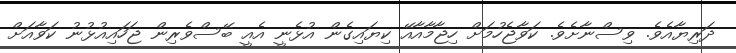
ދަރިޔާއެވެ. ވިސްނާށެވެ. ކަވާޖެހުމަށް ހިޖާމާއާއޭ ކިޔައިގެން އުޅެނީ އެއީ ބޭސްވެރިން ޖަހައިއުޅުނު ކަވާއަށް